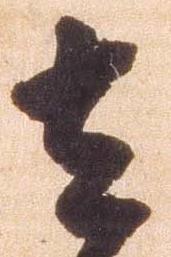
去